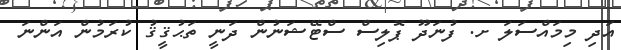
އަދި މިމައްސަލަ ށ. ފުނަދޫ ޕޮލިސް ސްޓޭޝަނުން ދަނީ ތަޙުޤީޤު ކުރަމުން އަންނަ